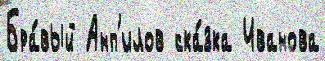
Бра́вый Анп'илов ска́зка Иванова